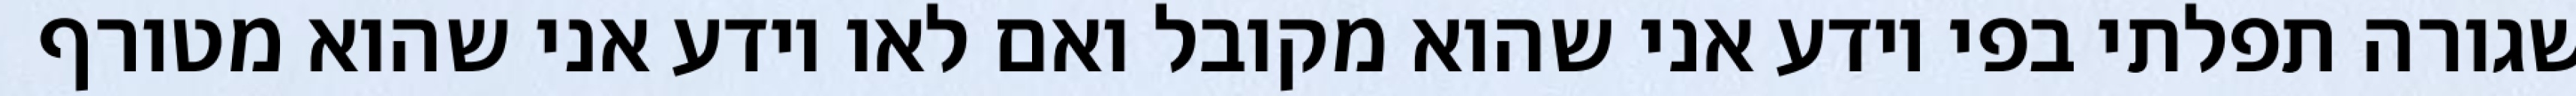
שגורה תפלתי בפי יודע אני שהוא מקובל ואם לאו יודע אני שהוא מטורף